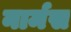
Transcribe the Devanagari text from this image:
नार्मस